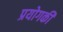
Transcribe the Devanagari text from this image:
प्रयोगकी